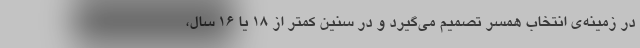
در زمینه‌ی انتخاب همسر تصمیم می‌گیرد و در سنین کمتر از ۱۸ یا ۱۶ سال،